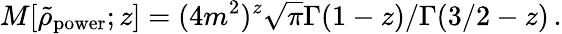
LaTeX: M[\tilde{\rho}_{\mathrm{power}};z]=(4m^{2})^{z}\sqrt{\pi}\Gamma(1-z)/\Gamma(3/2-z)\, .